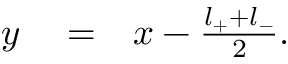
\begin{array} { r l r } { y } & { { } = } & { x - \frac { l _ { + } + l _ { - } } { 2 } . } \end{array}